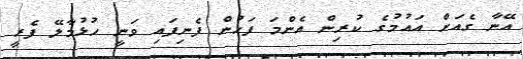
އޭނާ ގެއަށް އައުމުގެ ކުރިން އެންމަ ފަހުން ފެނިފައި ވަނީ ހުޅުމާލޭ ފެރީ